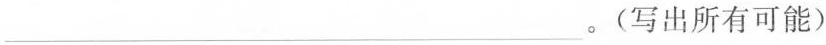
___。(写出所有可能)